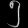
Digit: ၅